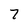
Character: 7